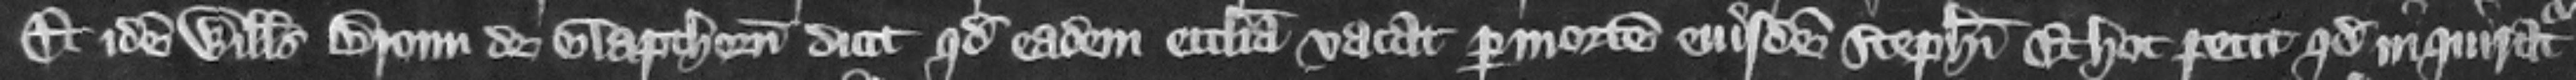
Et idem Willelmus Broun de Glapthorn dicit quod eadem ecclesia vacat per mortem eiusdem Stephani. Et hoc petit quod inquiratur